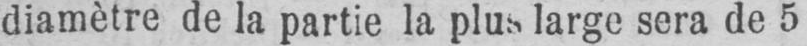
diamètre de la partie la plus large sera de 5